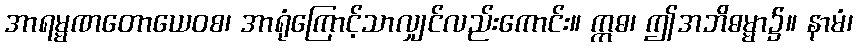
အာရမ္မဏတောယေဝစ၊ အာရုံကြောင့်သာလျှင်လည်းကောင်း။ ဣဓ၊ ဤအဘိဓမ္မာ၌။ နာမံ၊